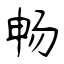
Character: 畅